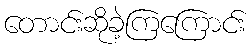
တောင်းဆိုခဲ့ကြကြောင်း